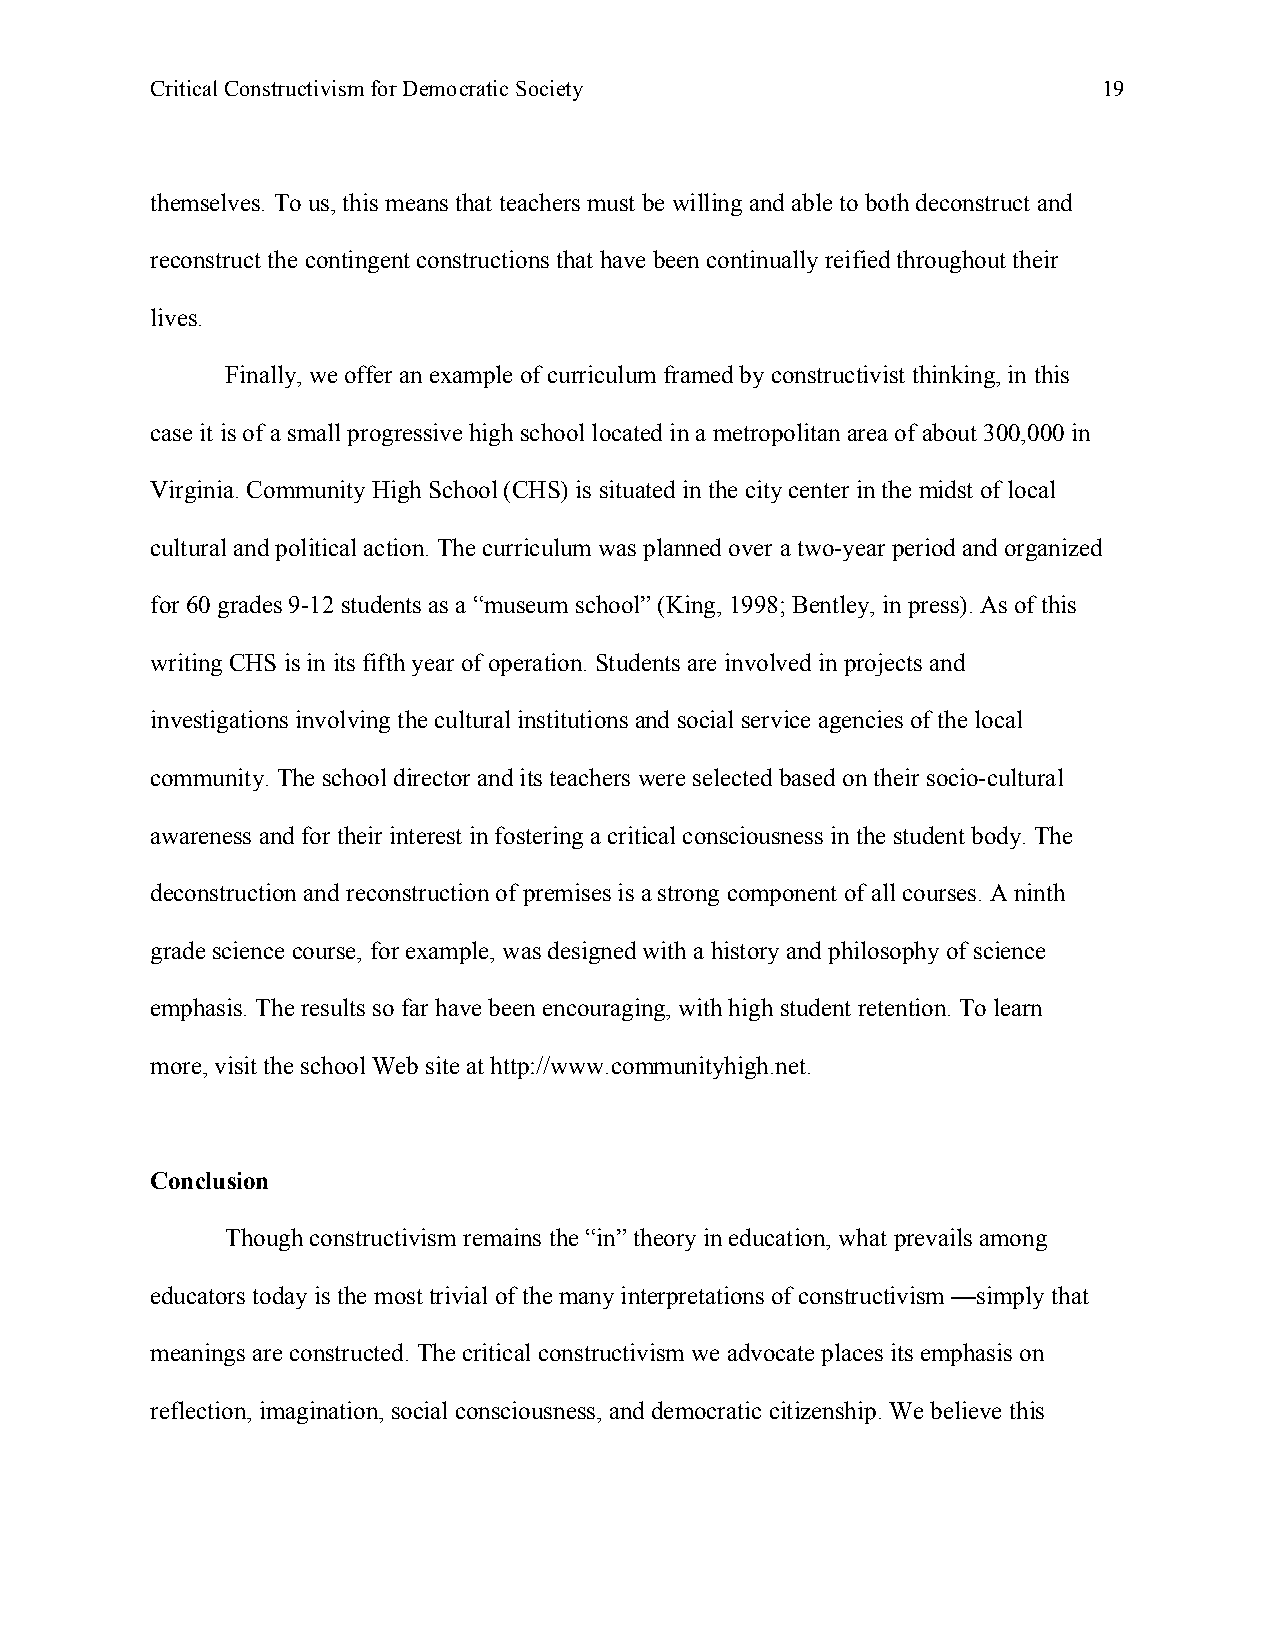
Critical Constructivism for Democratic Society                 19
 themselves. To us, this means that teachers must be willing and able to both deconstruct and
 reconstruct the contingent constructions that have been continually reified throughout their
 lives.
 Finally, we offer an example of curriculum framed by constructivist thinking, in this
 case it is of a small progressive high school located in a metropolitan area of about 300,000 in
 Virginia. Community High School (CHS) is situated in the city center in the midst of local
 cultural and political action. The curriculum was planned over a two-year period and organized
 for 60 grades 9-12 students as a “museum school” (King, 1998; Bentley, in press). As of this
 writing CHS is in its fifth year of operation. Students are involved in projects and
 investigations involving the cultural institutions and social service agencies of the local
 community. The school director and its teachers were selected based on their socio-cultural
 awareness and for their interest in fostering a critical consciousness in the student body. The
 deconstruction and reconstruction of premises is a strong component of all courses. A ninth
 grade science course, for example, was designed with a history and philosophy of science
 emphasis. The results so far have been encouraging, with high student retention. To learn
 more, visit the school Web site at http://www.communityhigh.net.
 Conclusion
 Though constructivism remains the “in” theory in education, what prevails among
 educators today is the most trivial of the many interpretations of constructivism —simply that
 meanings are constructed. The critical constructivism we advocate places its emphasis on
 reflection, imagination, social consciousness, and democratic citizenship. We believe this